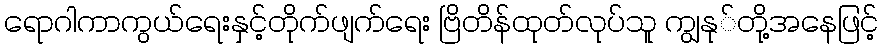
ရောဂါကာကွယ်ရေးနှင့်တိုက်ဖျက်ရေး ဗြိတိန်ထုတ်လုပ်သူ ကျွနု်တို့အနေဖြင့်